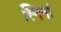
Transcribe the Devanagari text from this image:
स्मिर्ना